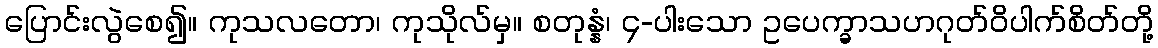
ပြောင်းလွဲစေ၍။ ကုသလတော၊ ကုသိုလ်မှ။ စတုန္နံ၊ ၄-ပါးသော ဥပေက္ခာသဟဂုတ်ဝိပါက်စိတ်တို့